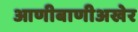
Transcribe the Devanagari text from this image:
आणीबाणीअखेर